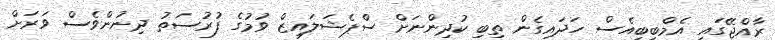
ރާއްޖޭގައި އެމްބީބީއެސް ހަދައިގެން ތިބި ކުދިންނަށް ސްޕެޝަލައިޒް ވުމުގެ ފުރުސަތު ދިނުންވެސް ވަރަށް